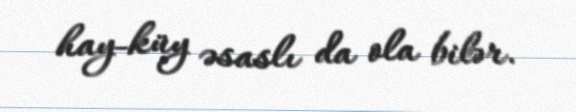
hay-küy əsaslı da ola bilər.